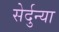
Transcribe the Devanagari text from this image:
सेर्दुन्या